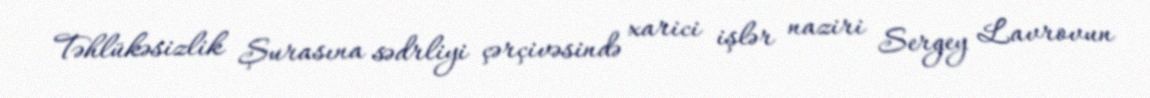
Təhlükəsizlik Şurasına sədrliyi çərçivəsində xarici işlər naziri Sergey Lavrovun